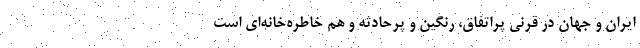
ایران و جهان در قرنی پراتفاق، رنگین و پرحادثه و هم خاطره‌خانه‌ای است